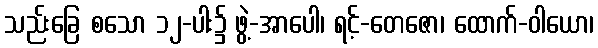
သည်းခြေ စသော ၁၂-ပါး၌ ဖွဲ့-အာပေါ၊ ရင့်-တေဇော၊ ထောက်-ဝါယော၊